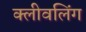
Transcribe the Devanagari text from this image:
क्लीवलिंग